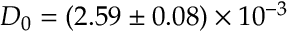
D _ { 0 } = ( 2 . 5 9 \pm 0 . 0 8 ) \times 1 0 ^ { - 3 }